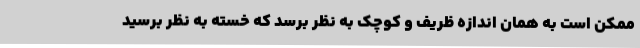
ممکن است به همان اندازه ظریف و کوچک به نظر برسد که خسته به نظر برسید